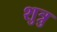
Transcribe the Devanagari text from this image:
शुत्रु